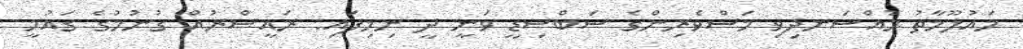
މައުލޫމާތު މުއްސަނދިވި މަސްވެރިންގެ ސަބްސިޑީ ވަނީ ދީ ނިމިފައި: ރައީސްރުއް ގުނުމުގެ ގައުމީ